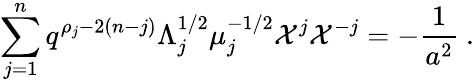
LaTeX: \sum_{j=1}^{n}q^{\rho_{j}-2(n-j)}\Lambda_{j}^{1/2}\mu_{j}^{-1/2}{\cal X}^{j}{\cal X}^{-j}=-\frac{1}{a^{2}}~.